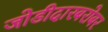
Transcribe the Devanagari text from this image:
जोडीदारबरोबर